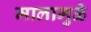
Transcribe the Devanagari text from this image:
मालामुळे